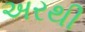
અરથી